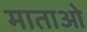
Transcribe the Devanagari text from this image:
माताओ